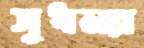
সুধন্যা